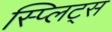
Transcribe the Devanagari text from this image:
स्प्लिट्स